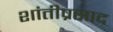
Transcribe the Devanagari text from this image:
शांतीप्रसाद